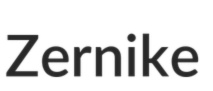
Zernike